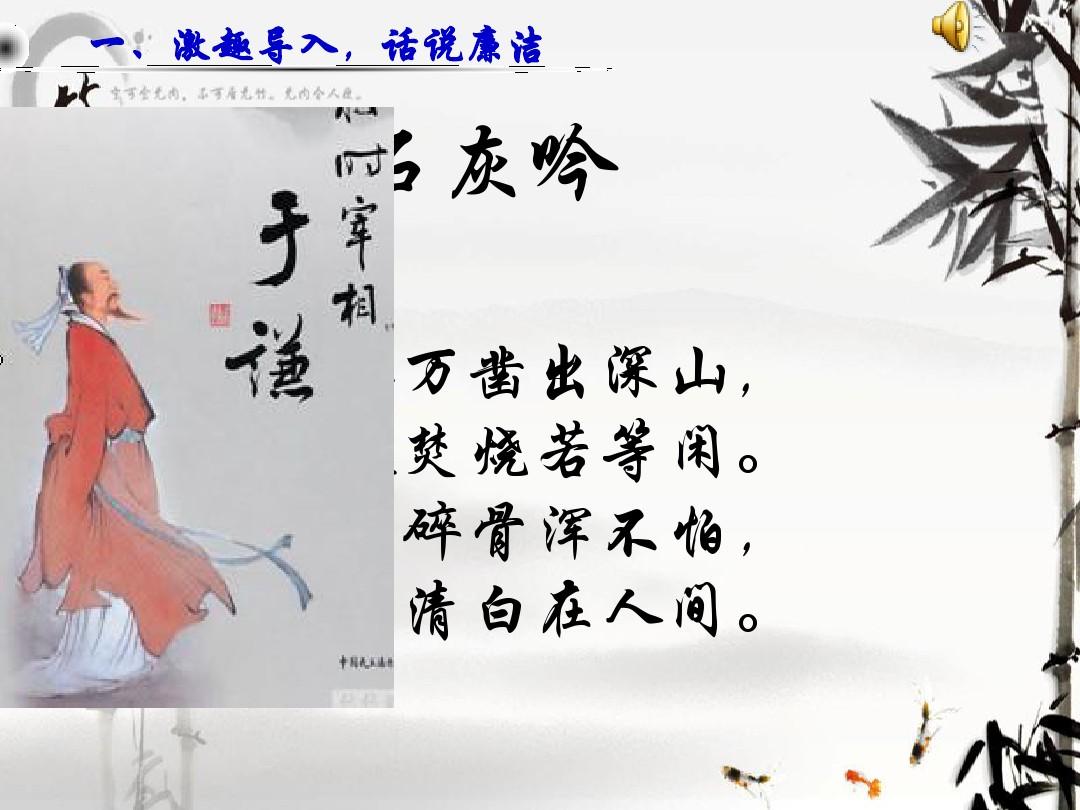
千锤万凿出深山，烈火焚烧若等闲。